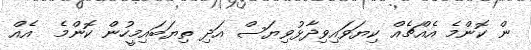
ން ކޮންމެ އެއްޗެއް ކިޔަވައިވިދާޅުވިޔަސް އަދި ތިޔަބައިމީހުން ކޮންމެ  އެއް